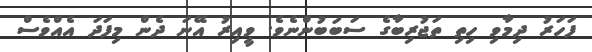
ފަހަރު ދިމާވި ހިތި ތަޖުރިބާގެ ސަބަބުންނެވެ. ވީއިރު އޭނަ ދެން މިފަދަ އެއްވެސް